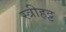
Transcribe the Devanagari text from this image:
स्त्रीहट्ट